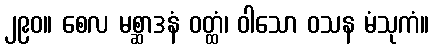
၂၉၀။ စေလ မစ္ဆာဒနံ ဝတ္ထံ၊ ဝါသော ဝသန မံသုကံ။